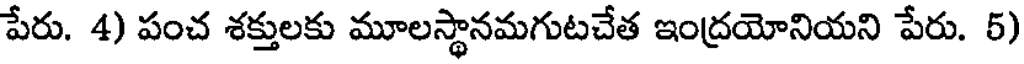
పేరు. 4) పంచ శక్తులకు మూలస్థానమగుటచేత ఇంద్రయోనియని పేరు. 5)